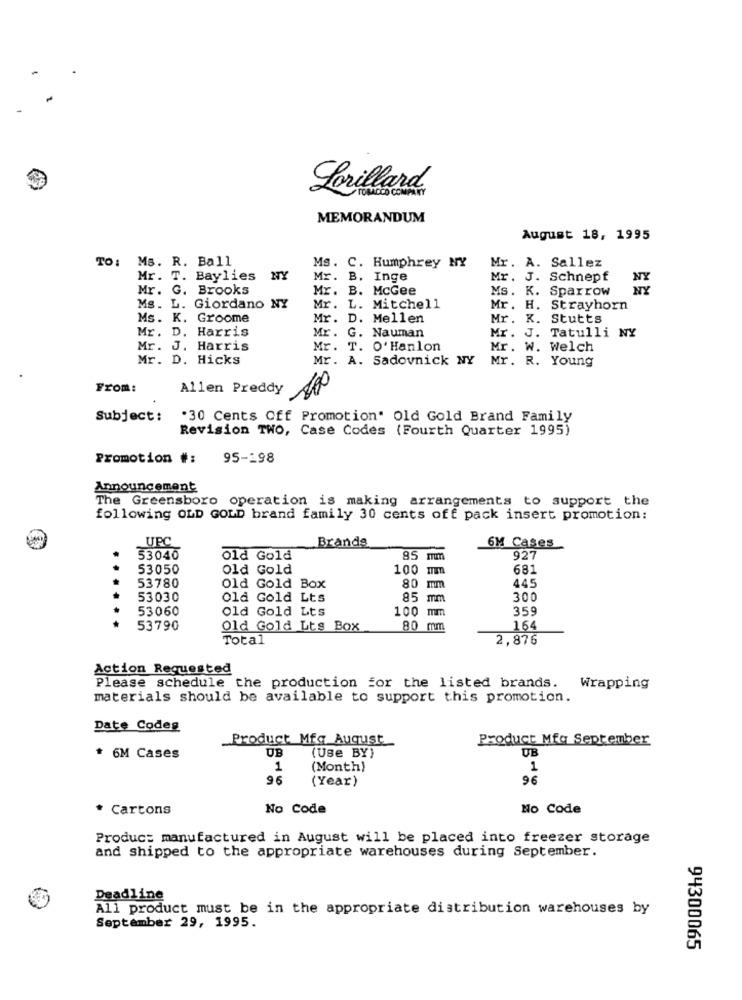
Lorillard
TOROCOCO
MEMORANDUM
August 18, 1995
TO: Ms. R. Ball
Ms. C. Humphrey NY
Mr. A. Sallez
Mr. T. Baylies
NY
Mr. B. Inge
Mr. J. Schnepf
Mr. G. Brooks
Mr. B. McGee
Ms. K. Sparrow
Ms. L. Giordano NY
Mr. L. Mitchell
Mr. H. Strayhorn
Ms. K. Groome
Mr. D. Mellen
Mr. K. Stutts
Mr. D. Harris
Mr. G. Nauman
Mr. J. Tatulli NY
Mr. J. Harris
Mr. T. O' Hanlon
Mr. W. Welch
Mr. D. Hicks
Mr. A. Sadovnick NY
Mr. R. Young
From:
Allen Preddy
Subject:
.30 Cents Off Promotion" Old Gold Brand Family
Revision TWO, Case Codes (Fourth Quarter 1995)
Promotion #:
95-198
Announcement
The Greensboro operation is making arrangements to support the
following OLD GOLD brand family 30 cents off pack insert promotion:
UPC
Brands
6M Cases
53040
old Gold
85 mm
927
53050
Old Gold
100 mm
681
53780
Old Gold Box
80 mm
445
53030
Old Gold Lts
85 mm
300
53060
Old Gold Lts
359
100 mm
53790
Old Gold Lts Box
80 mm
164
Total
2,876
Action Requested
Please schedule the production for the listed brands. Wrapping
materials should be available to support this promotion.
Date Codeg
_Product Mfg August
Product Mfq September
UB
UB
* 6M Cases
(Use BY)
1
(Month)
1
96
(Year)
96
* Cartons
No Code
No Code
Produc: manufactured in August will be placed into freezer storage
and shipped to the appropriate warehouses during September.
Deadline
All product must be in the appropriate distribution warehouses by
September 29, 1995.
94300065